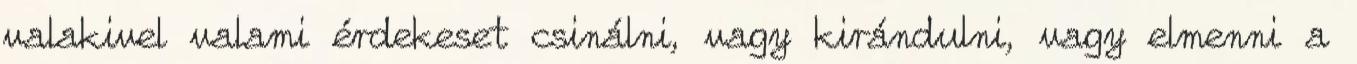
valakivel valami érdekeset csinálni, vagy kirándulni, vagy elmenni a